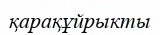
қарақұйрыкты